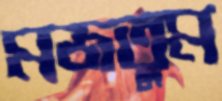
মজতুম